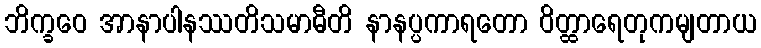
ဘိက္ခဝေ အာနာပါနဿတိသမာဓီတိ နာနပ္ပကာရတော ဝိတ္ထာရေတုကမျတာယ